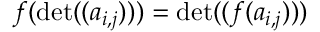
f ( \operatorname* { d e t } ( ( a _ { i , j } ) ) ) = \operatorname* { d e t } ( ( f ( a _ { i , j } ) ) )